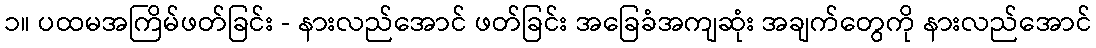
၁။ ပထမအကြိမ်ဖတ်ခြင်း - နားလည်အောင် ဖတ်ခြင်း အခြေခံအကျဆုံး အချက်တွေကို နားလည်အောင်